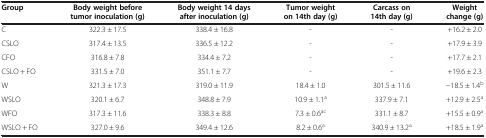
<table><thead><tr><td><b>Group</b></td><td><b>Body weight before tumor inoculation (g)</b></td><td><b>Body weight 14 days after inoculation (g)</b></td><td><b>Tumor weight on 14th day (g)</b></td><td><b>Carcass on 14th day (g)</b></td><td><b>Weight change (g)</b></td></tr></thead><tbody><tr><td>C</td><td>322.3 ± 17.5</td><td>338.4 ± 16.8</td><td>-</td><td>-</td><td>+16.2 ± 2.0</td></tr><tr><td>CSLO</td><td>317.4 ± 13.5</td><td>336.5 ± 12.2</td><td>-</td><td>-</td><td>+17.9 ± 3.9</td></tr><tr><td>CFO</td><td>316.8 ± 7.8</td><td>334.4 ± 7.2</td><td>-</td><td>-</td><td>+17.7 ± 2.1</td></tr><tr><td>CSLO + FO</td><td>331.5 ± 7.0</td><td>351.1 ± 7.7</td><td>-</td><td>-</td><td>+19.6 ± 2.3</td></tr><tr><td>W</td><td>321.3 ± 17.3</td><td>319.0 ± 11.9</td><td>18.4 ± 1.0</td><td>301.5 ± 11.6</td><td>−18.5 ± 1.4<sup>b</sup></td></tr><tr><td>WSLO</td><td>320.1 ± 6.7</td><td>348.8 ± 7.9</td><td>10.9 ± 1.1<sup>a</sup></td><td>337.9 ± 7.1</td><td>+12.9 ± 2.5<sup>a</sup></td></tr><tr><td>WFO</td><td>317.3 ± 11.6</td><td>338.3 ± 8.8</td><td>7.3 ± 0.6<sup>ac</sup></td><td>331.1 ± 8.7</td><td>+15.5 ± 0.9<sup>a</sup></td></tr><tr><td>WSLO + FO</td><td>327.0 ± 9.6</td><td>349.4 ± 12.6</td><td>8.2 ± 0.6<sup>a</sup></td><td>340.9 ± 13.2<sup>a</sup></td><td>+18.5 ± 1.9<sup>a</sup></td></tr></tbody></table>